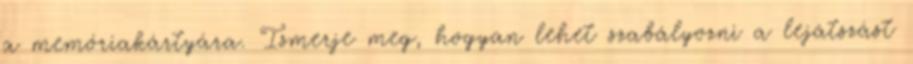
a memóriakártyára. Ismerje meg, hogyan lehet szabályozni a lejátszást